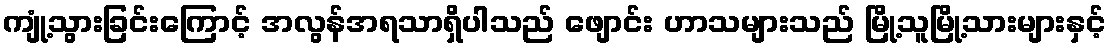
ကျုံ့သွားခြင်းကြောင့် အလွန်အရသာရှိပါသည် ဖျောင်း ဟာသများသည် မြို့သူမြို့သားများနှင့်